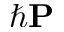
\hbar { \bf P }